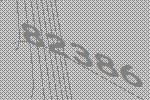
82386